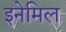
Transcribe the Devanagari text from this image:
इनेमिल